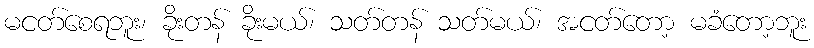
မငတ်စေရဘူး၊ ခိုးတန် ခိုးမယ်၊ သတ်တန် သတ်မယ်၊ အငတ်တော့ မခံတော့ဘူး